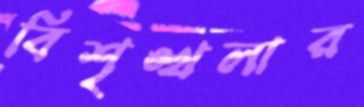
বিশৃঙ্খলার